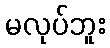
မလုပ်ဘူး